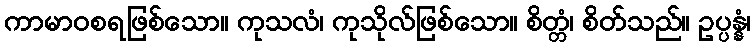
ကာမာဝစရဖြစ်သော။ ကုသလံ၊ ကုသိုလ်ဖြစ်သော။ စိတ္တံ၊ စိတ်သည်။ ဥပ္ပန္နံ၊